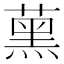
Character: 𦸽